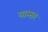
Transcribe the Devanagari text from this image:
यास्सर